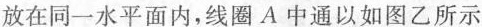
放在同一水平面内，线圈A中通以如图乙所示